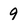
Character: 9